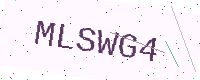
Text: MLSWG4